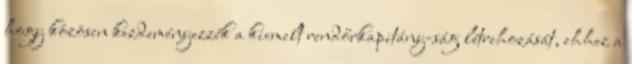
hogy közösen kezdeményezzék a kiemelt rendőrkapitány-ság létrehozását, ehhez a